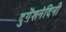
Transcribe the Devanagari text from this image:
दुगेंशनंदिनी